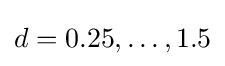
d=0.25,\dots ,1.5